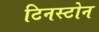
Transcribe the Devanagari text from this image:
टिनस्टोन